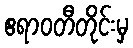
ဧရာဝတီတိုင်းမှ